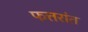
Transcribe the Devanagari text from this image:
फत्तरांत